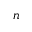
n